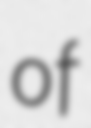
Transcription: of